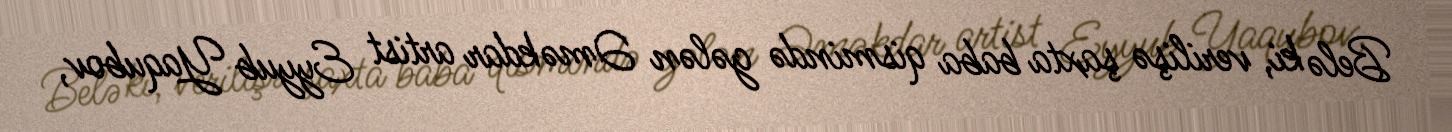
Belə ki, verilişə şaxta baba qismində gələn Əməkdar artist Eyyub Yaqubov,